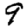
Digit: 9